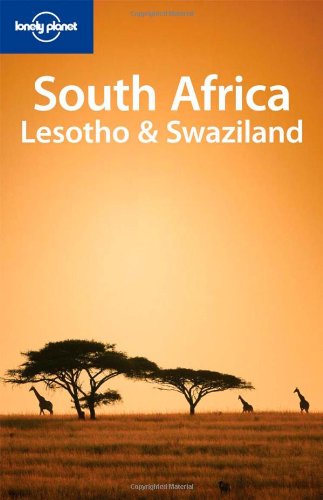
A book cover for South Africa Lesotho & Swaziland (Country Travel Guide); James Bainbridge; Travel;